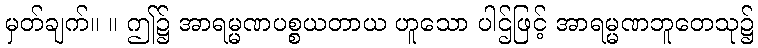
မှတ်ချက်။ ။ ဤ၌ အာရမ္မဏပစ္စယတာယ ဟူသော ပါဌ်ဖြင့် အာရမ္မဏဘူတေသု၌